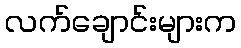
လက်ချောင်းများက